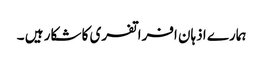
ہمارے اذہان افراتفری کا شکار ہیں ۔